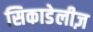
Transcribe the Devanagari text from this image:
सिकाडेलीज़